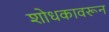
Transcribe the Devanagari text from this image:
शोधकावरून